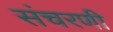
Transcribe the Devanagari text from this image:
संचरणी